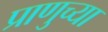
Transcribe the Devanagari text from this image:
प्राणुच्या